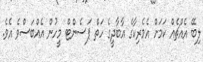
ލިބޭ އެއްޗެއް ކަމަށް އެމެރިކާގެ އާބާދީގެ ހަތް ޕަސެންޓް މީހުން އެއްބަސްވެ އެވެ.